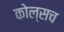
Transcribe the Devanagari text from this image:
कोल्सच